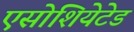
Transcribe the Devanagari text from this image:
एसोशियेटेड